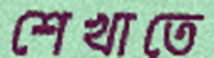
শেখাতে